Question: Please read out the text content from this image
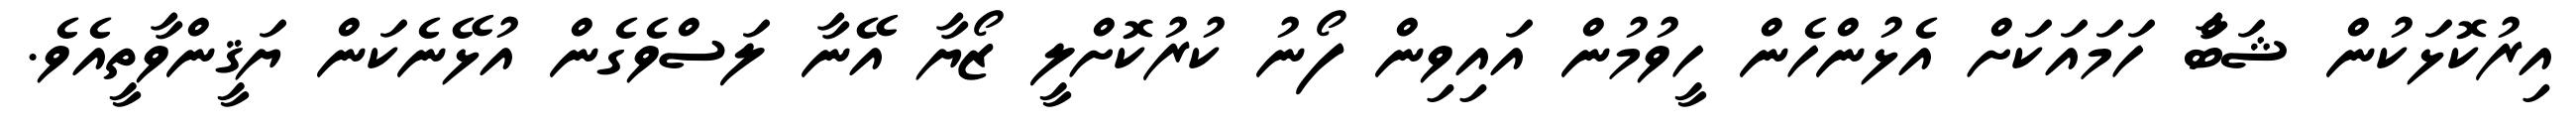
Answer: އިރުކޮޅަކުން ޝަބާް ހަމައަކަށް އެޅުންހެން ހީވުމުން އައިވިން ފޯނު ކުރުކޮށްލީ ޒޯޔާ އޭނާ ލަސްވެގެން އުޅޭނެކަން ޔަޤީންވާތީއެވެ.